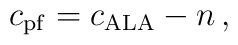
c_{\rm pf} = c_{\rm ALA} -n \, ,